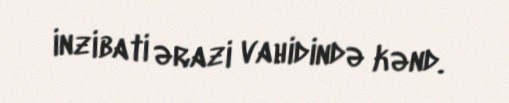
inzibati ərazi vahidində kənd.